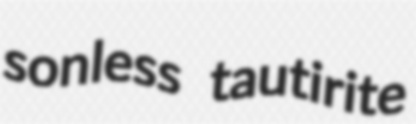
sonless tautirite